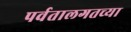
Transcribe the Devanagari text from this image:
पर्वतालगतच्या